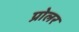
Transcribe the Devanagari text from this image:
प्रोलर